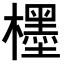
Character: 𣞪